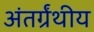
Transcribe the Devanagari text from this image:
अंतर्ग्रंथीय